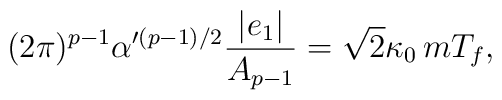
(2 \pi)^{p -1} \alpha'^{(p -1)/2} \frac{|e_1|}{ A_{p -1}}  =  \sqrt{2} \kappa_0 \,m  T_f,